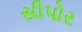
સીપોર